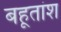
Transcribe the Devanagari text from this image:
बहूतांश